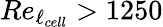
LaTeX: Re_{\ell_{cell}}>1250